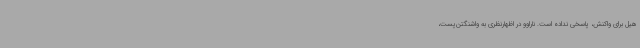
هیل برای واکنش، پاسخی نداده است. ناراوو در اظهارنظری به واشنگتن‌پست،